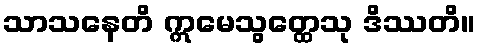
သာသနေတိ ဣမေသွတ္ထေသု ဒိဿတိ။